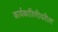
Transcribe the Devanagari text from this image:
कार्यकारिणीवरील